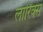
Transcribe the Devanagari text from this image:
लारिक्स